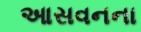
આસવનના